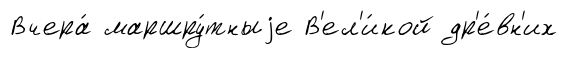
Вчера́ маршру́тныjе В'ел'и́кой др'е́вн'их